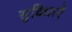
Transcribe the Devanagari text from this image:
सुविधाएें